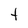
Character: t